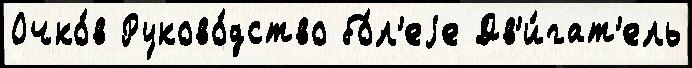
Очко́в Руково́дство бо́л'еjе Дв'и́гат'ель